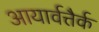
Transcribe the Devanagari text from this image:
आयार्वत्तैर्क